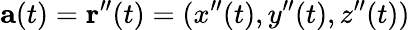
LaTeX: \mathbf{a}(t)=\mathbf{r}^{\prime\prime}(t)=(x^{\prime\prime}(t),y^{\prime\prime}(t),z^{\prime\prime}(t))